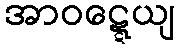
အာဝဋ္ဋေယျ